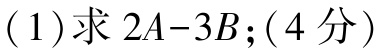
(1) 求 \(2A - 3B\); (4 分)